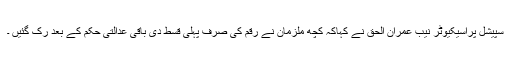
سپیشل پراسیکیوٹر نیب عمران الحق نے کہاکہ کچھ ملزمان نے رقم کی صرف پہلی قسط دی باقی عدالتی حکم کے بعد رک گئیں ۔